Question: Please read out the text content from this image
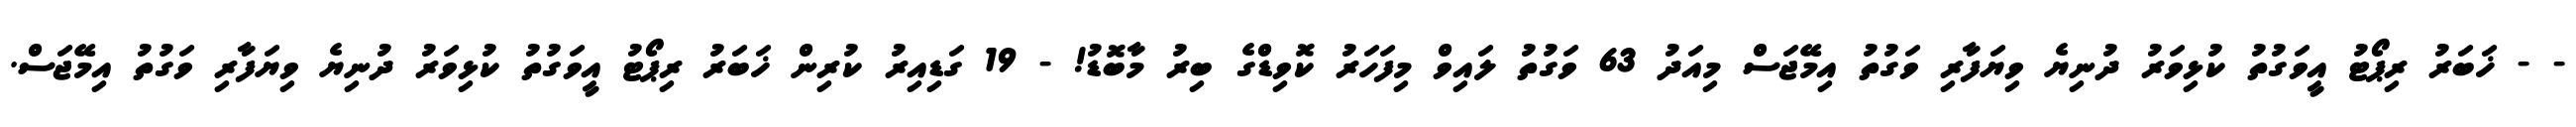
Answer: - - ޚަބަރު ރިޕޯޓު އީވަގުތު ކުޅިވަރު ދުނިޔެ ވިޔަފާރި ވަގުތު އިމޭޖަސް މިއަދު 63 ވަގުތު ލައިވް މިފަހަރު ކޮވިޑްގެ ބިރު މާބޮޑު! - 19 ގަޑިއިރު ކުރިން ޚަބަރު ރިޕޯޓު އީވަގުތު ކުޅިވަރު ދުނިޔެ ވިޔަފާރި ވަގުތު އިމޭޖަސް.